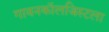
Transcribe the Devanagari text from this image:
गायनकॉलजिस्टला